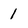
Character: 1